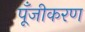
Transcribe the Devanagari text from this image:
पूँजीकरण